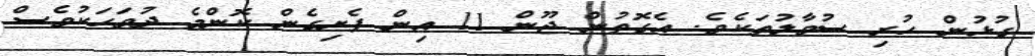
ގުޅުން ހުރި ސުވާލުތަކެވެ. އެގޮތުން ޖޫން 11 އިން ފެށިގެން ކޮންމެ ދުވަހަކުވެސް